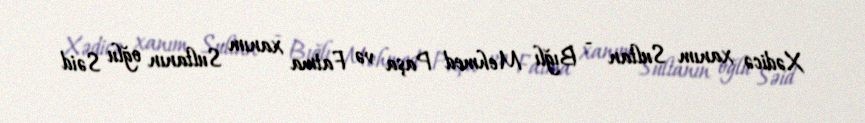
Xədicə xanım Sultan - Bığlı Mehmed Paşa və Fatma xanım Sultanın oğlu Səid